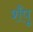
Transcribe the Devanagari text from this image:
शँपू